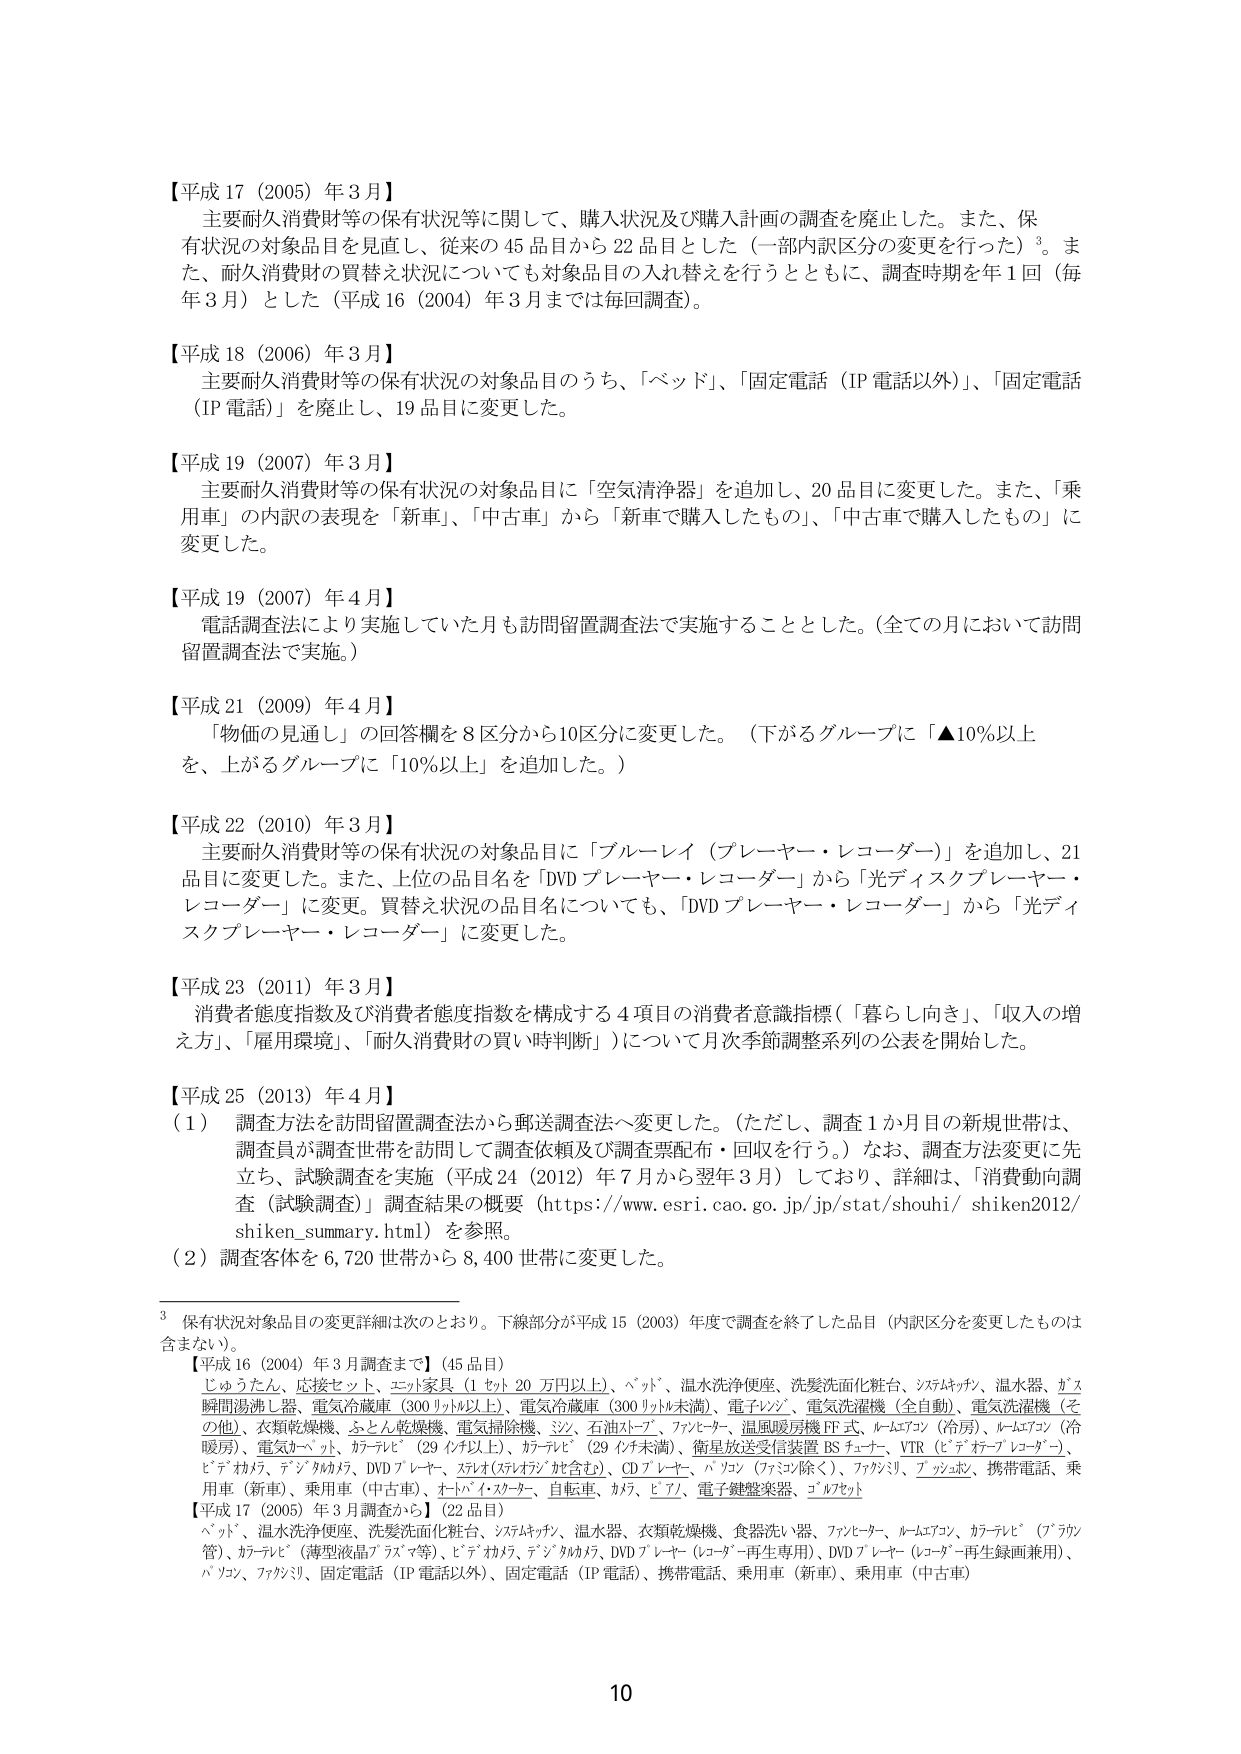
【平成17（2005）年3月】
主要耐久消費財等の保有状況等に関して、購入状況及び購入計画の調査を廃止した。また、保有状況の対象品目を見直し、従来の45品目から22品目とした（一部内訳区分の変更を行った）³。また、耐久消費財の買替え状況についても対象品目の入れ替えを行うとともに、調査時期を年1回（毎年3月）とした（平成16（2004）年3月までは毎回調査）。

【平成18（2006）年3月】
主要耐久消費財等の保有状況の対象品目のうち、「ベッド」、「固定電話（IP電話以外）」、「固定電話（IP電話）」を廃止し、19品目に変更した。

【平成19（2007）年3月】
主要耐久消費財等の保有状況の対象品目に「空気清浄器」を追加し、20品目に変更した。また、「乗用車」の内訳の表現を「新車」、「中古車」から「新車で購入したもの」、「中古車で購入したもの」に変更した。

【平成19（2007）年4月】
電話調査法により実施していた月も訪問留置調査法で実施することとした。（全ての月において訪問留置調査法で実施。）

【平成21（2009）年4月】
「物価の見通し」の回答欄を8区分から10区分に変更した。（下がるグループに「▲10％以上を、上がるグループに「10％以上」を追加した。）

【平成22（2010）年3月】
主要耐久消費財等の保有状況の対象品目に「ブルーレイ（プレーヤー・レコーダー）」を追加し、21品目に変更した。また、上位の品目名を「DVDプレーヤー・レコーダー」から「光ディスクプレーヤー・レコーダー」に変更。買替え状況の品目名についても、「DVDプレーヤー・レコーダー」から「光ディスクプレーヤー・レコーダー」に変更した。

【平成23（2011）年3月】
消費者態度指数及び消費者態度指数を構成する4項目の消費者意識指標（「暮らし向き」、「収入の増え方」、「雇用環境」、「耐久消費財の買い時判断」）について月次季節調整系列の公表を開始した。

【平成25（2013）年4月】
（1）調査方法を訪問留置調査法から郵送調査法へ変更した。（ただし、調査1か月目の新規世帯は、調査員が調査世帯を訪問して調査依頼及び調査票配布・回収を行う。）なお、調査方法変更に先立ち、試験調査を実施（平成24（2012）年7月から翌年3月）しており、詳細は、「消費動向調査（試験調査）調査結果の概要（https://www.esri.cao.go.jp/jp/stat/shouhi/shiken2012/shiken_summary.html）」を参照。
（2）調査客体を6,720世帯から8,400世帯に変更した。

³ 保有状況対象品目の変更詳細は次のとおり。下線部分が平成15（2003）年度で調査を終了した品目（内訳区分を変更したものは含まない）。
【平成16（2004）年3月調査まで】（45品目）
じゅうたん、応接セット、エレクトロニクス（1セット20万円以上）、ベッド、温水洗浄便座、洗髪洗面化粧台、シマスケッチ、温水器、ガス瞬間湯沸し器、電気冷蔵庫（300リットル以上）、電気冷凍庫（300リットル未満）、電子レンジ、電気洗濯機（全自動）、電気洗濯機（その他）、衣類乾燥機、ふとん乾燥機、電気掃除機、シンク、石油ストーブ、ファンヒーター、温風暖房機FF式、ルームエアコン（冷房）、ルームエアコン（冷暖房）、電気カーペット、カーテン（29インチ以上）、カーテン（29インチ未満）、衛星放送受信装置BSチューナー、VTR（ビデオテープレコーダー）、ビデオカメラ、デジタルカメラ、DVDプレーヤー、ステレオ（ステレオシステムを含む）、CDプレーヤー、パソコン（ノートパソコン除く）、ファクシミリ、デジタル時計、携帯電話、乗用車（新車）、乗用車（中古車）、ホットインスタント、自転車、カーテン、ビデオ、電子鍵盤楽器、ゴルフセット
【平成17（2005）年3月調査から】（22品目）
ベッド、温水洗浄便座、洗髪洗面化粧台、シマスケッチ、温水器、衣類乾燥機、食器洗い器、ファンヒーター、ルームエアコン、カーテン（ブラウン管）、カーテン（薄型液晶テレビ等）、ビデオカメラ、デジタルカメラ、DVDプレーヤー（レコーダー再生専用）、DVDプレーヤー（レコーダー再生録画兼用）、パソコン、ファクシミリ、固定電話（IP電話以外）、固定電話（IP電話）、携帯電話、乗用車（新車）、乗用車（中古車）

10